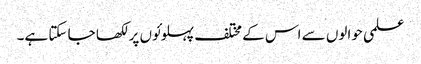
علمی حوالوں سے اس کے مختلف پہلوئوں پر لکھا جا سکتا ہے۔